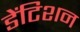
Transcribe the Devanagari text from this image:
डेंटिशन